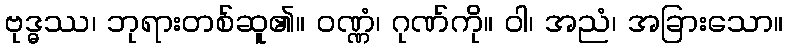
ဗုဒ္ဓဿ၊ ဘုရားတစ်ဆူ၏။ ဝဏ္ဏံ၊ ဂုဏ်ကို။ ဝါ၊ အညံ၊ အခြားသော။